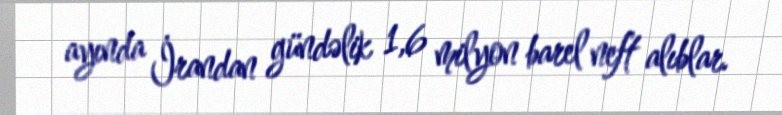
ayında İrandan gündəlik 1,6 milyon barel neft alıblar.